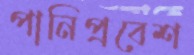
পানিপ্রবেশ